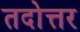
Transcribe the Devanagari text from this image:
तदोत्तर